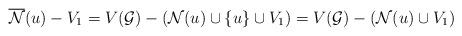
LaTeX: \begin{align*} \overline{{\cal N}}(u)-V_1=V({\cal G})-({\cal N}(u) \cup \{u\} \cup V_1)=V({\cal G})-({\cal N}(u) \cup V_1)\end{align*}